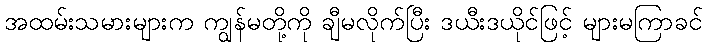
အထမ်းသမားများက ကျွန်မတို့ကို ချီမလိုက်ပြီး ဒယီးဒယိုင်ဖြင့် များမကြာခင်